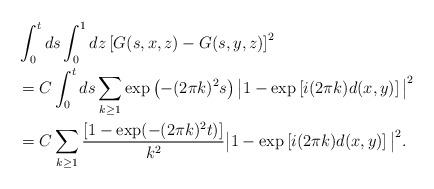
LaTeX: \begin{align*} &\int_0^t ds \int_0^1 dz \left[G(s, x,z) -G(s,y,z)\right]^2 \\&= C\int_0^t ds \sum_{k\ge 1} \exp\left(-(2\pi k)^2 s\right)\big|1-\exp\left[i(2\pi k) d(x,y)\right]\big|^2 \\&= C\sum_{k \ge 1} \frac{\left[1- \exp(-(2\pi k)^2 t)\right]}{k^2} \big|1-\exp\left[i(2\pi k) d(x,y)\right] \big|^2.\end{align*}